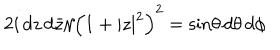
LaTeX: 2 i \, d z \, d \bar { z } / { \left( 1 + | z | ^ { 2 } \right) ^ { 2 } } = \sin \! \theta \, d \theta \, d \phi